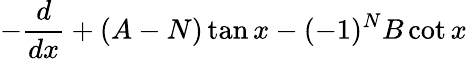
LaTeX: -\frac{d}{dx}+(A-N)\tan x-(-1)^{N}B\cot x